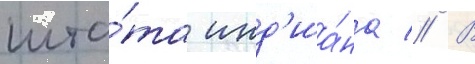
шта́та инд'иа́на // В